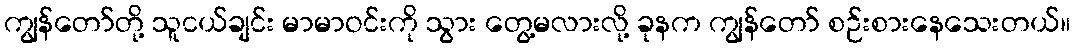
ကျွန်တော်တို့ သူငယ်ချင်း မာမာဝင်းကို သွား တွေ့မလားလို့ ခုနက ကျွန်တော် စဉ်းစားနေသေးတယ်။